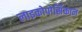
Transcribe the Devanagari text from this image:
लाइकोपोर्सिकान